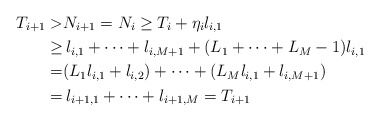
\begin{align*}T_{i+1}>& N_{i+1}=N_i\geq T_i+\eta_i l_{i,1}\\\geq &\, l_{i,1}+\dots+l_{i,M+1}+(L_1+\dots+L_{M}-1)l_{i,1}\\=& (L_1 l_{i,1}+l_{i,2})+\dots+(L_{M} l_{i,1}+l_{i,M+1})\\=&\, l_{i+1,1}+\dots+l_{i+1,M}=T_{i+1}\end{align*}